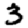
Digit: 3